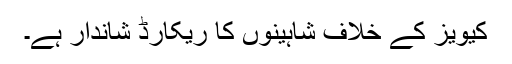
کیویز کے خلاف شاہینوں کا ریکارڈ شاندار ہے۔